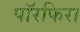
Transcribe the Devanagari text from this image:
पॉरफिरा